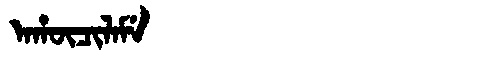
Manchu: ᠠᡥᡡᠴᡳᠯᠠᠮᡝ
Romanization: AHŪCILAME